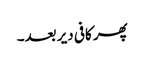
پھر کافی دیر بعد۔